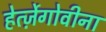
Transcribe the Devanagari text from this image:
हेर्त्ज़ेगोवीना